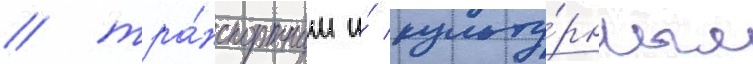
/ тра́нспортным и́ культу́рным